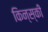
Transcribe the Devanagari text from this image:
किन्स्की